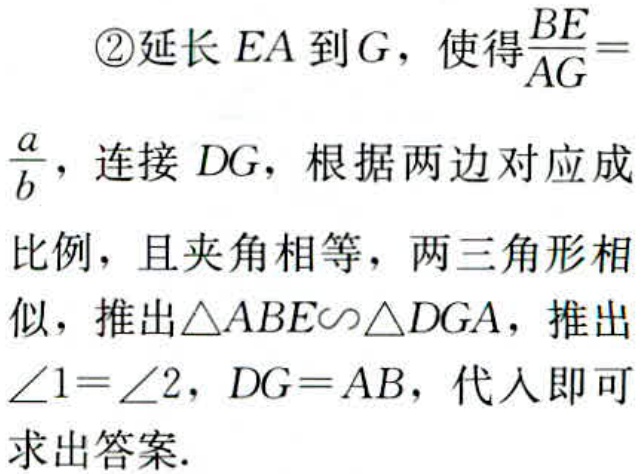
\textcircled{2}延长 \(EA\) 到 \(G\)，使得\(\frac{BE}{AG}=\frac{a}{b}\)，连接 \(DG\)，根据两边对应成比例，且夹角相等，两三角形相似，推出\(\triangle ABE\sim\triangle DGA\)，推出\(\angle1 = \angle2\)，\(DG = AB\)，代入即可求出答案.